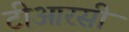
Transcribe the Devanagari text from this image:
टीआरसी